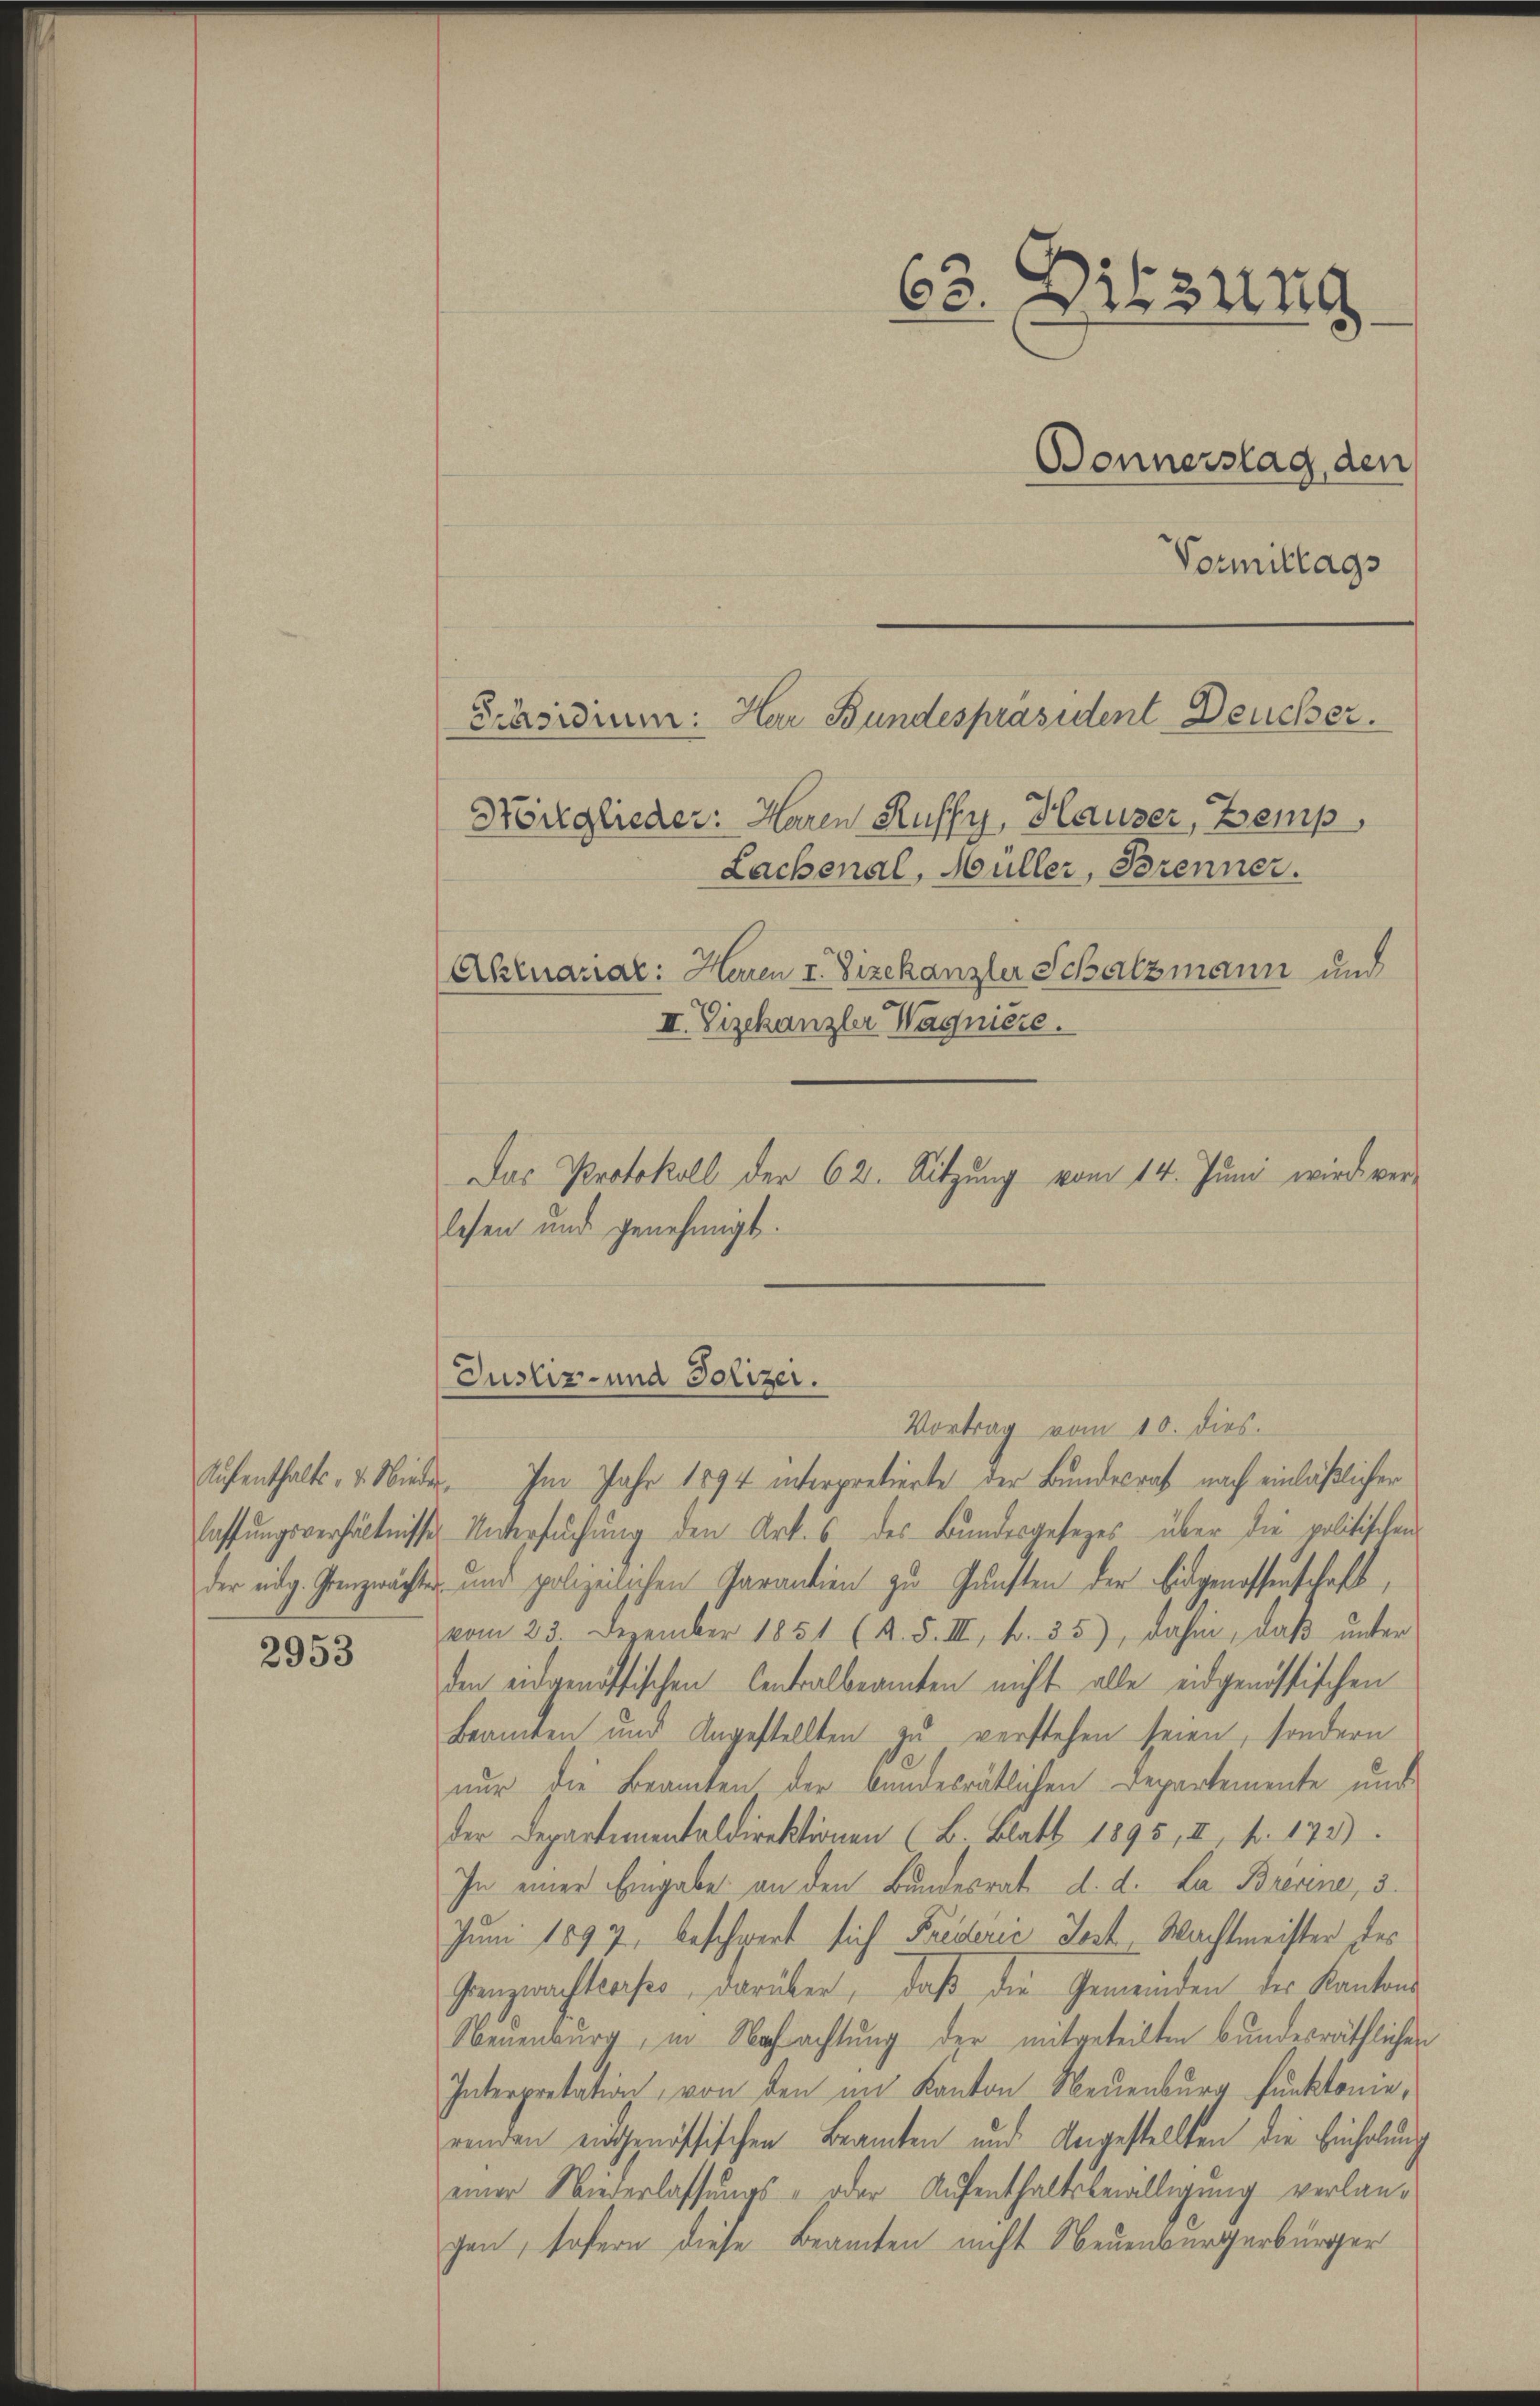
2953

Vormittags
Nörglieder: Haren Ruffy, Hauser, Zemp,
Lachenal, Müller, Brenner.
Aktuariar: Heren I. Vizekanzler Schatzmann und
II. Vizekanzler Wagnière.
lesen und genehmigt.
Justiz- und Polizei.
Vortrag vom 10. dies.
Aufenthalts-, 2. Nieder. Im Jahr 1894 interpretierte der Bundesrat nach einläßlicher
lassŭngsverhältnisses Untersŭchŭng den Art. 6 des Bundesgesezes über die politischen
der eidg. Grenzmächten und polizeilischen Garantien zu Gunsten der Eidgenossenschaft,
vom 23. Dezember 1851 (s. S. III f. 35), dahin, daß unter
den eidgenössischen Centralbeamten nicht alle eidgenössischen
Beamten und Angestellten zu verstehen seien, sondern
nur die Beamten der bundesrätlichen Departemente und
der Departementaldirektionen (B. Blatt 1895, II f. 173)
In einer Eingabe an den Bundesrat d. d. La Brenne, 3.
Juni 1897, beschwert sich Freverić Jost Wachtmeister des
Grenzwachtweises, darüber, daß die Gemeinden des Kantons
Neuenburg, in Nachachtung der mitgeteilten bundesräthlichen
Interpretation, von den im Kanton Neuenburg funktome,
renden eidgenössischen Beamten und Angestellten die Einholung
einer Niederlassungs- oder Aufenthaltsbewilligung verlangen, sofern diese Beamten nicht Neuenburgerbürger

63. Dilzung
Bonnerstag, den

Präsidium: Har Bundespräsident Deucher.

Das Protokoll der 62. Sitzung vom 14. Juni wird ver-